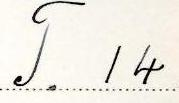
T. 14